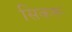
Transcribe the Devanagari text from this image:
सिकरू